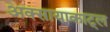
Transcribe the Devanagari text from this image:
अक्सायाकाट्ल